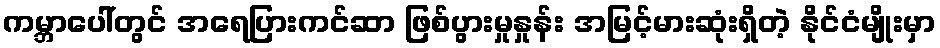
ကမ္ဘာပေါ်တွင် အရေပြားကင်ဆာ ဖြစ်ပွားမှုနှုန်း အမြင့်မားဆုံးရှိတဲ့ နိုင်ငံမျိုးမှာ